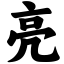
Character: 亮